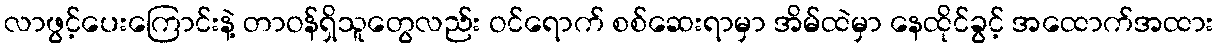
လာဖွင့်ပေးကြောင်းနဲ့ တာဝန်ရှိသူတွေလည်း ဝင်ရောက် စစ်ဆေးရာမှာ အိမ်ထဲမှာ နေထိုင်ခွင့် အထောက်အထား